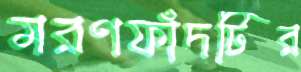
মরণফাঁদটির